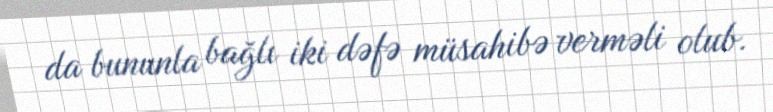
da bununla bağlı iki dəfə müsahibə verməli olub.